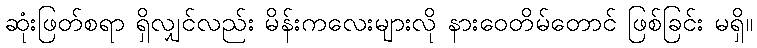
ဆုံးဖြတ်စရာ ရှိလျှင်လည်း မိန်းကလေးများလို နားဝေတိမ်တောင် ဖြစ်ခြင်း မရှိ။